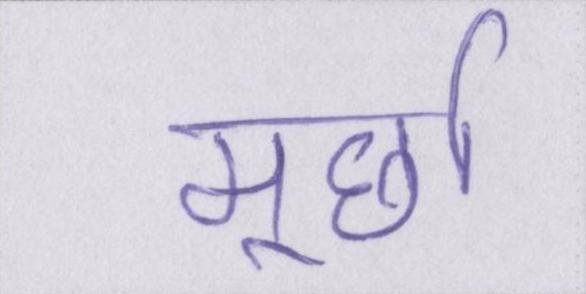
मूर्छा